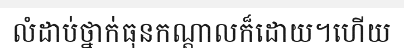
លំដាប់ថ្នាក់ធុនកណ្តាលក៏ដោយ។ហើយ